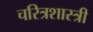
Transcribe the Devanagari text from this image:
चरित्रशास्त्री